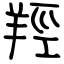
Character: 羥